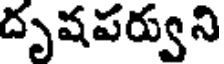
దృషపర్వుని